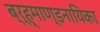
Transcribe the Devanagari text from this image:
ब्र्ह्माण्डनायिका